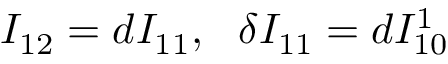
I _ { 1 2 } = d I _ { 1 1 } , \ \ \delta I _ { 1 1 } = d I _ { 1 0 } ^ { 1 }